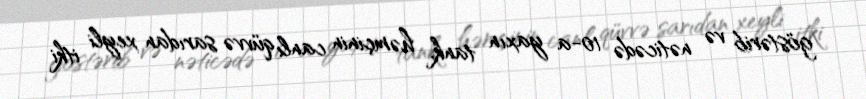
göstərib və nəticədə 10-a yaxın tank, həmçinin canlı qüvvə sarıdan xeyli itki